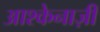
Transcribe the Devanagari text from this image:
आश्केनाज़ी